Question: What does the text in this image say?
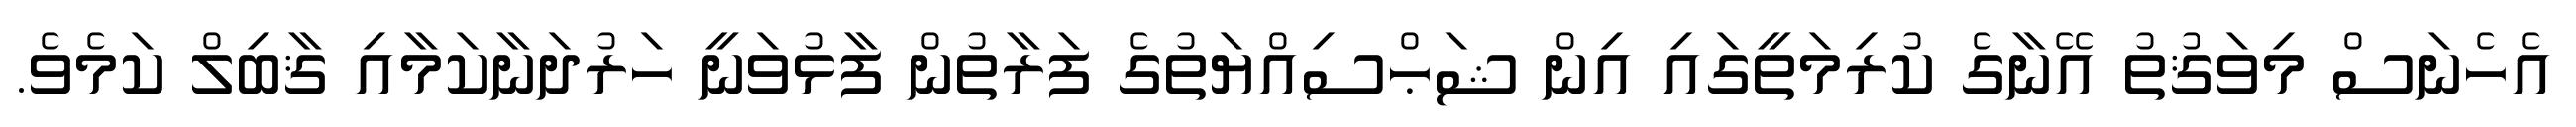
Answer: އެހެނަސް މިވަޤުތު އޭނާގެ ކުރިމަތީގައި އިން ޝަޙްސިއްޔަތުގެ ފަރާތުން ފާޅުވަނީ ހަރުދަނާކަމާއި ޤާބިލް ކަމެވެ.